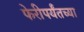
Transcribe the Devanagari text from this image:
फेरीपर्यंतच्या